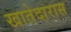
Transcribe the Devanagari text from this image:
खातेदारास